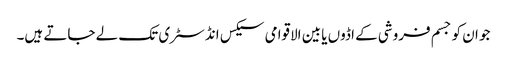
جو ان کو جسم فروشی کے اڈوں یا بین الاقوامی سیکس انڈسٹری تک لے جاتے ہیں۔